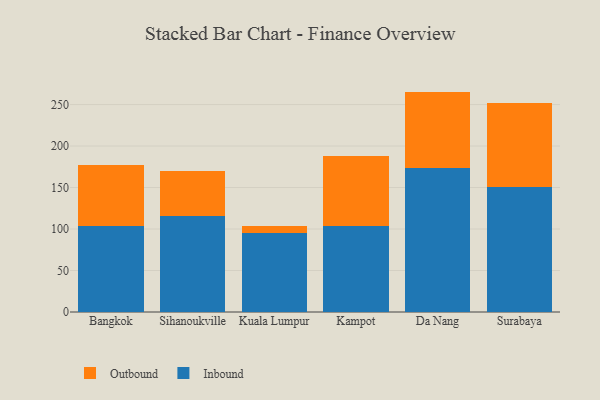
{"axis": {"x": "City", "y": "Humidity (%)"}, "legend": ["Inbound", "Outbound"], "data": [{"x": "Bangkok", "y": 104.0, "type": "Inbound"}, {"x": "Bangkok", "y": 72.9, "type": "Outbound"}, {"x": "Sihanoukville", "y": 115.7, "type": "Inbound"}, {"x": "Sihanoukville", "y": 54.8, "type": "Outbound"}, {"x": "Kuala Lumpur", "y": 95.4, "type": "Inbound"}, {"x": "Kuala Lumpur", "y": 8.4, "type": "Outbound"}, {"x": "Kampot", "y": 103.5, "type": "Inbound"}, {"x": "Kampot", "y": 84.5, "type": "Outbound"}, {"x": "Da Nang", "y": 173.8, "type": "Inbound"}, {"x": "Da Nang", "y": 91.8, "type": "Outbound"}, {"x": "Surabaya", "y": 150.3, "type": "Inbound"}, {"x": "Surabaya", "y": 101.9, "type": "Outbound"}]}